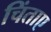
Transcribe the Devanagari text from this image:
चिंताए